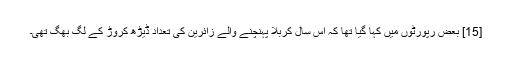
[15] بعض رپورٹوں میں کہا گیا تھا کہ اس سال کربلا پہنچنے والے زائرین کی تعداد ڈیڑھ کروڑ کے لگ بھگ تھی۔